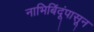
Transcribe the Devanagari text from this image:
नाभिबिंदूंपासून